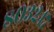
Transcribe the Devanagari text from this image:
८०३२४७